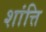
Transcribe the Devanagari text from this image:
शांत्ति